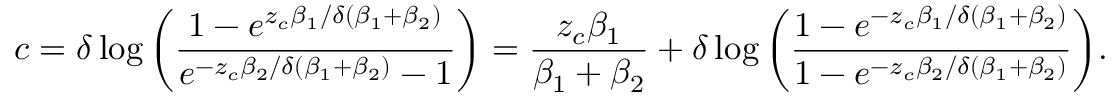
c = \delta \log { \left( \frac { 1 - e ^ { z _ { c } \beta _ { 1 } / \delta \left( \beta _ { 1 } + \beta _ { 2 } \right) } } { e ^ { - z _ { c } \beta _ { 2 } / \delta \left( \beta _ { 1 } + \beta _ { 2 } \right) } - 1 } \right) } = \frac { z _ { c } \beta _ { 1 } } { \beta _ { 1 } + \beta _ { 2 } } + \delta \log { \left( \frac { 1 - e ^ { - z _ { c } \beta _ { 1 } / \delta \left( \beta _ { 1 } + \beta _ { 2 } \right) } } { 1 - e ^ { - z _ { c } \beta _ { 2 } / \delta \left( \beta _ { 1 } + \beta _ { 2 } \right) } } \right) } .